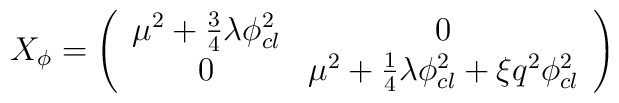
X_{\phi }=\left( \begin{array}{cc}\mu ^{2}+\frac{3}{4}\lambda \phi _{cl}^{2} & 0 \\ 0 & \mu ^{2}+\frac{1}{4}\lambda \phi _{cl}^{2}+\xi q^{2}\phi _{cl}^{2}\end{array}\right)